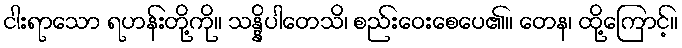
ငါးရာသော ရဟန်းတို့ကို။ သန္နိပါတေသိ၊ စည်းဝေးစေပေ၏။ တေန၊ ထို့ကြောင့်။